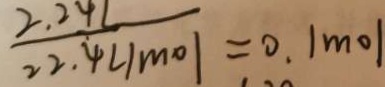
\frac { 2 . 2 4 l } { 2 2 . 4 l / m o l } = 0 . 1 m o l